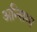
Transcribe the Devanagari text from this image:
अन्सिभा